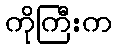
ကိုကြီးက